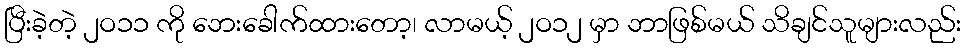
ပြီးခဲ့တဲ့ ၂ဝ၁၁ ကို ဘေးခေါက်ထားတော့၊ လာမယ့် ၂ဝ၁၂ မှာ ဘာဖြစ်မယ် သိချင်သူများလည်း